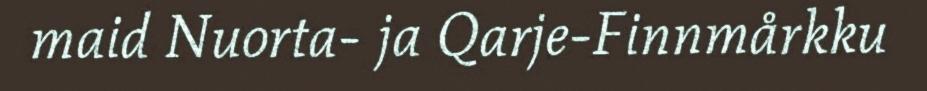
maid Nuorta- ja Qarje-Finnmårkku